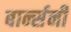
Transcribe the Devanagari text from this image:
बार्न्सनी